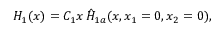
H _ { 1 } ( x ) = C _ { 1 } x \, \hat { H } _ { 1 a } ( x , x _ { 1 } = 0 , x _ { 2 } = 0 ) ,